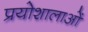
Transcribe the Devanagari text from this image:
प्रयोशालाओं